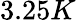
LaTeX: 3.25K